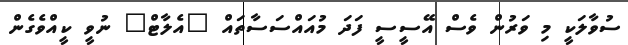
ސުވާލަކީ މި ވަރުން ވެސް އޭސީސީ ފަދަ މުއައްސަސާތައް "އެލާޓް" ނުވީ ކީއްވެގެން